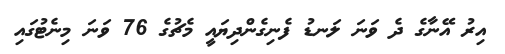
އިރު އޭނާގެ ދެ ވަނަ ލަނޑު ފެނިގެންދިޔައީ މެޗުގެ 76 ވަނަ މިނެޓުގައި